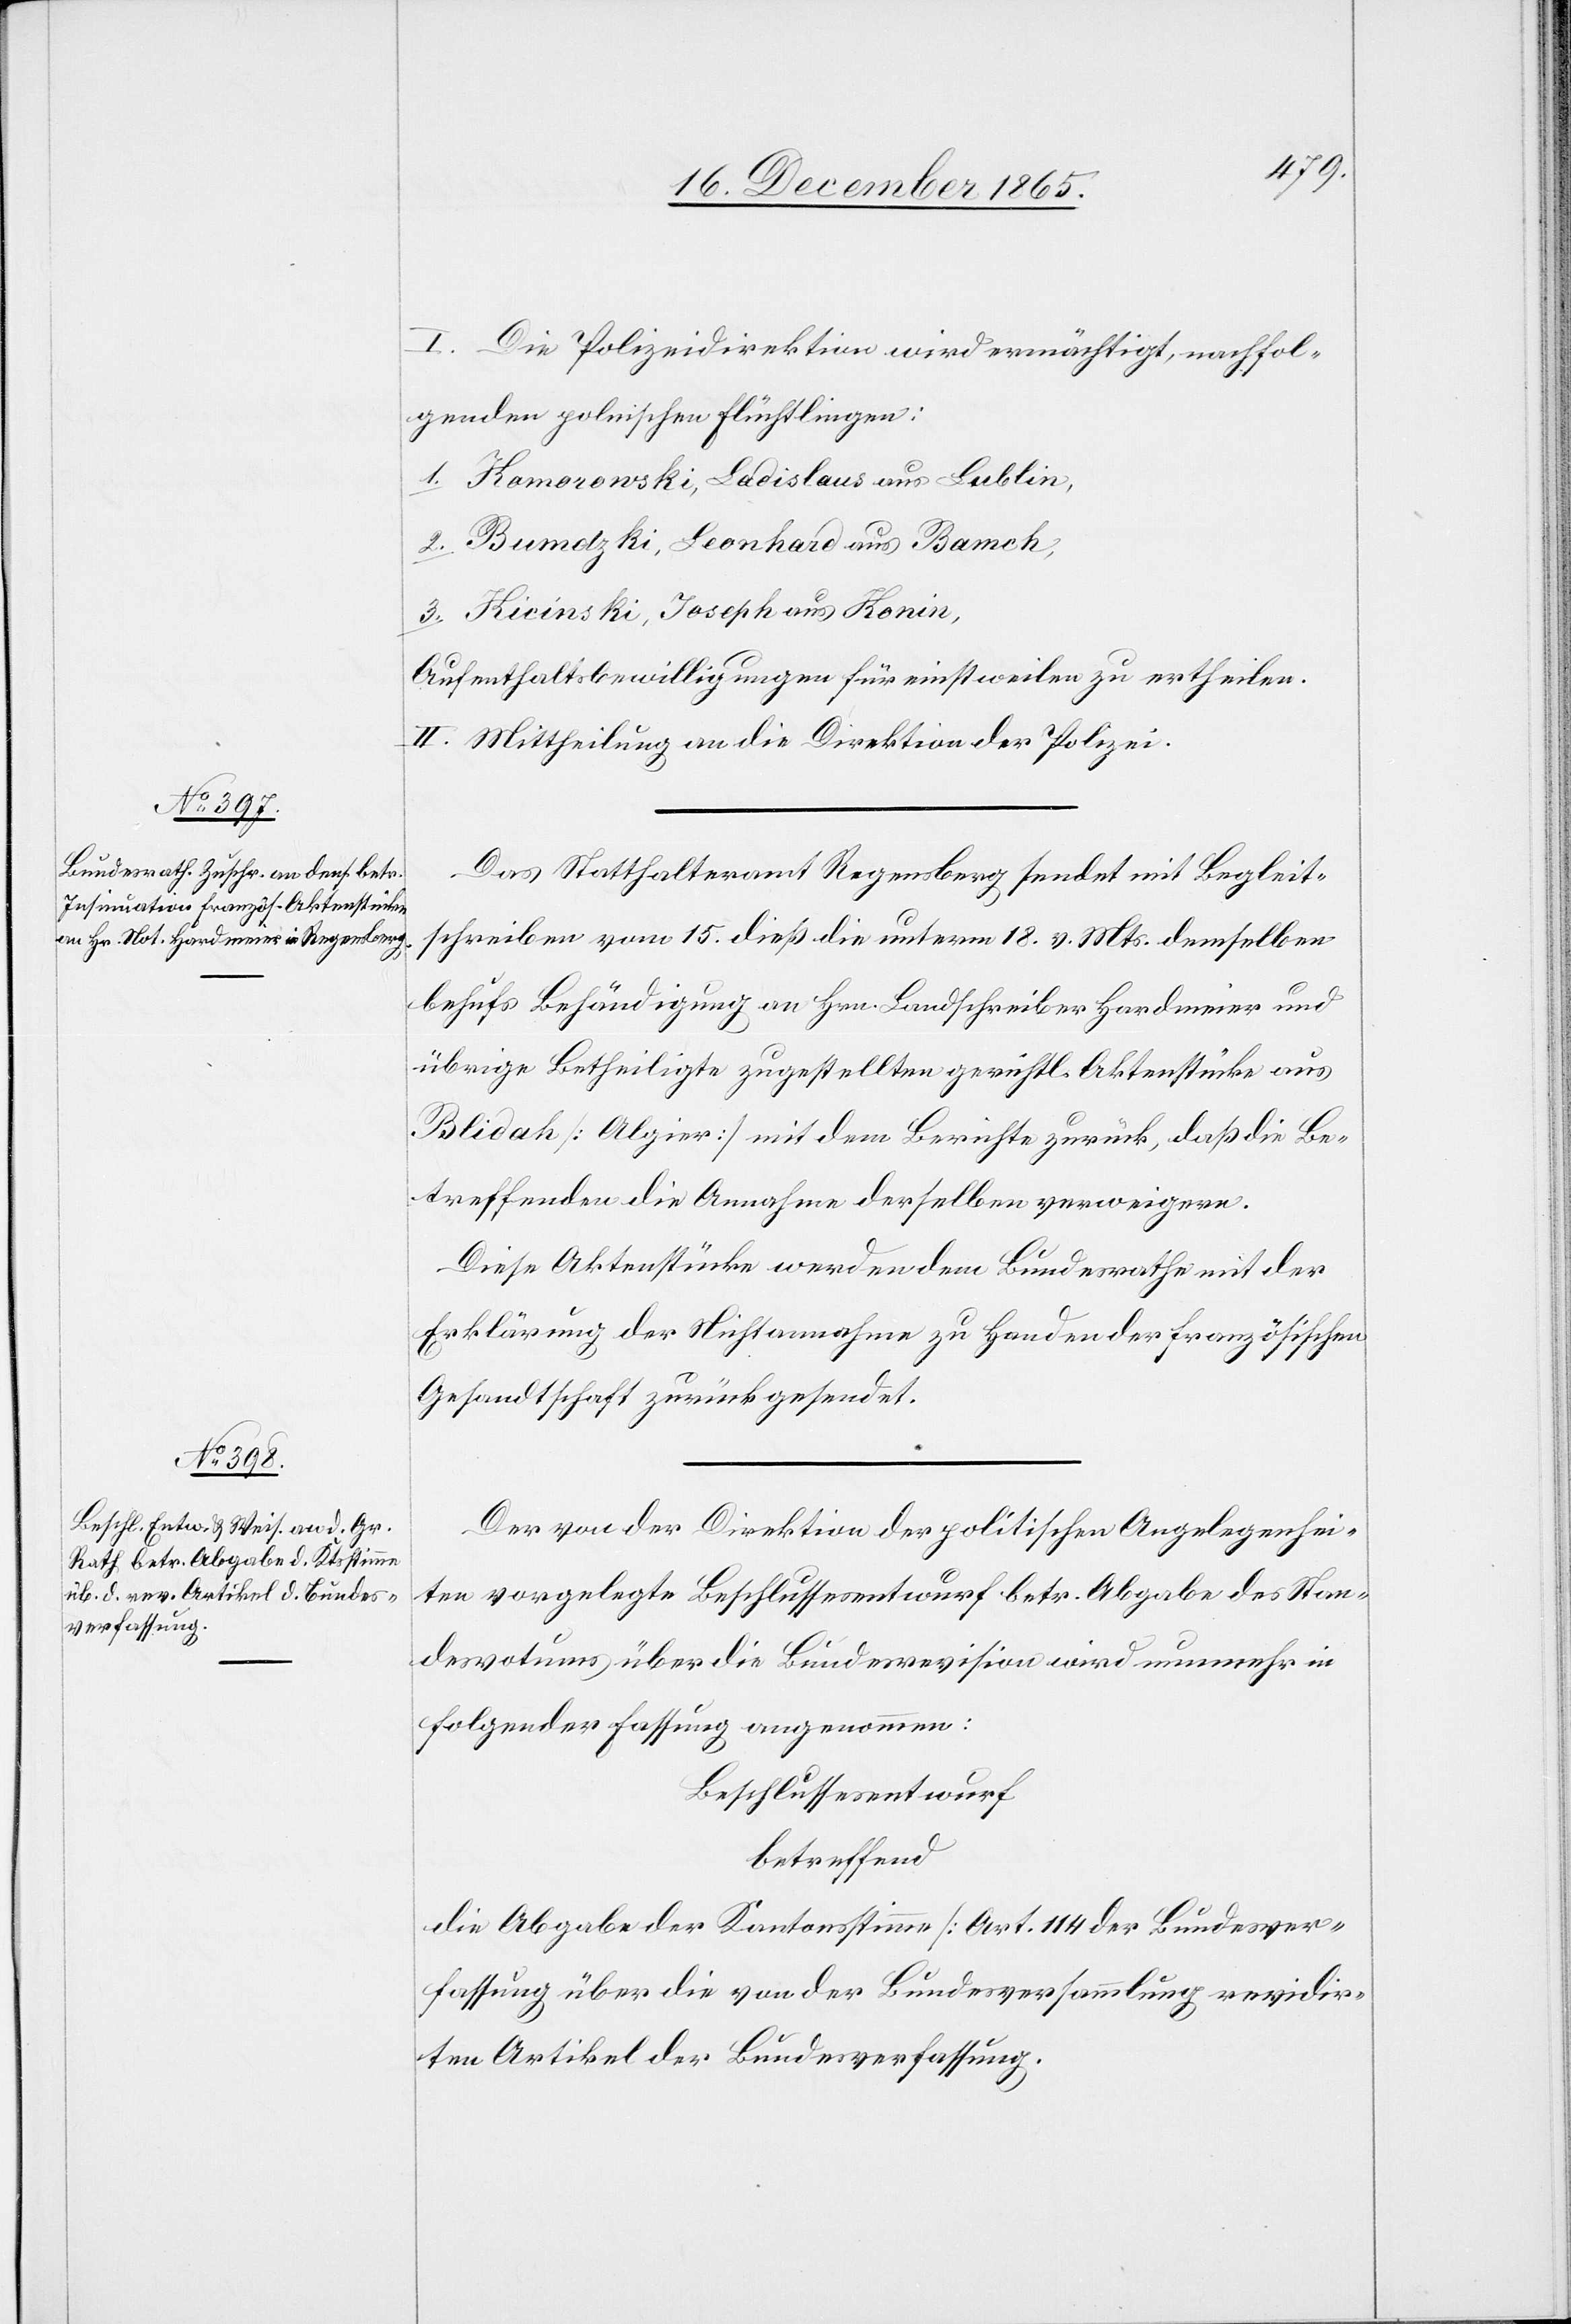
I. Die Polizeidirektion wird ermächtigt, nachfol¬
genden polnischen Flüchtlingen:
1. Kamorowski, Ladislaus aus Lublin,
2. Bumdzki, Leonhard aus Bamch,
3. Kicinski, Joseph aus Konin,
Aufenthaltsbewilligungen für einstweilen zu ertheilen.
II. Mittheilung an die Direktion der Polizei.
Das Statthalteramt Regensberg sendet mit Begleit¬
schreiben vom 15. dieß die unterm 18. v. Mts. demselben
behufs Behändigung an Hrn. Landschreiber [sic!] Hardmeier und
übrige Betheiligte zugestellten gerichtl. Aktenstücke aus
Bildah [Algier] mit dem Berichte zurück, daß die Be¬
treffenden die Annahme derselben verweigern.
Diese Aktenstücke werden dem Bundesrathe mit der
Erklärung der Nichtannahme zu Handen der französischen
Gesandtschaft zurückgesendet.
Der von der Direktion der politischen Angelegenhei¬
ten vorgelegte Beschlussesentwurf betr. Abgabe des Stan¬
desvotums über die Bundesrevision wird nunmehr in
folgender Fassung angenommen:
Beschlussesentwurf
betreffend
die Abgabe der Kantonsstimme [Art. 114 der Bundesver¬
fassung über die von der Bundesversammlung revidir¬
ten Artikel der Bundesverfassung.]